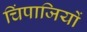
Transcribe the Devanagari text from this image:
चिंपाजियों